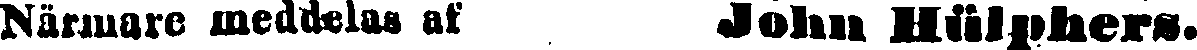
Närmare meddelas af John Hülphers.